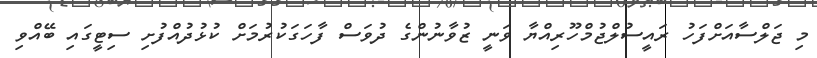
މި ޖަލްސާއަށްފަހު ރައީސުލްޖުމްހޫރިއްޔާ ވަނީ ޒުވާނުންގެ ދުވަސް ފާހަގަކުރުމަށް ކުޅުދުއްފުށި ސިޓީގައި ބޭއްވި